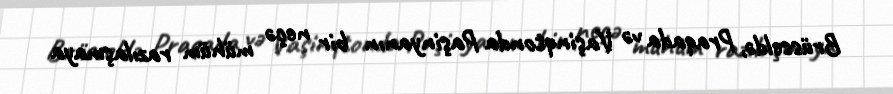
Brüsseldə, Praqada və Vaşinqtonda Paşinyanın bir neçə mühüm razılaşmaya